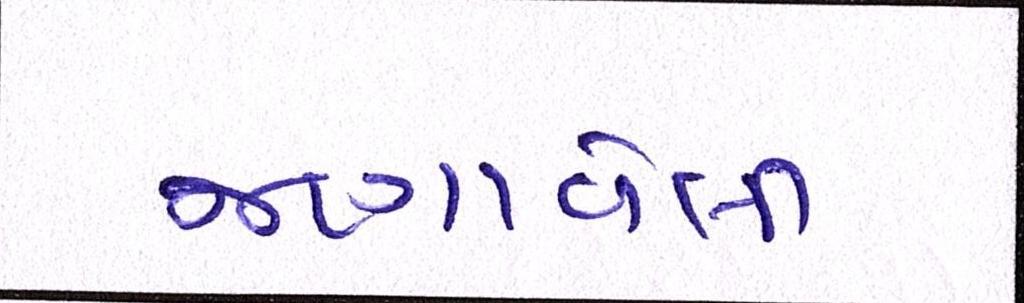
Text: જણાવેલી